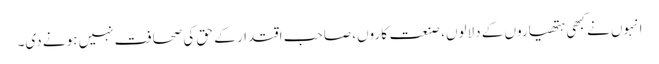
انہوں نے کبھی ہتھیاروں کے دلالوں، صنعت کاروں، صاحب اقتدار کے حق کی صحافت نہیں ہونے دی۔